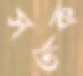
সর্তক